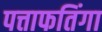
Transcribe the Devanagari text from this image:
पत्ताफतिंगा